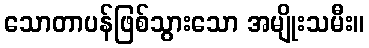
သောတာပန်ဖြစ်သွားသော အမျိုးသမီး။